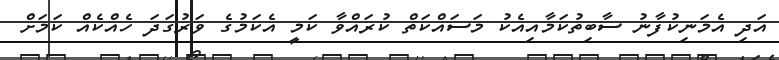
އަދި އެމަނިކުފާނު ސާބިތުކަމާއިއެކު މަސައްކަތް ކުރައްވާ ކަމީ އެކަމުގެ ވަރުގަދަ ހެއްކެއް ކަމަށް